Annual report of the Punjab Veterinary College and of the Civil Veterinary Department, Punjab - 1926-1932
Year: 1926
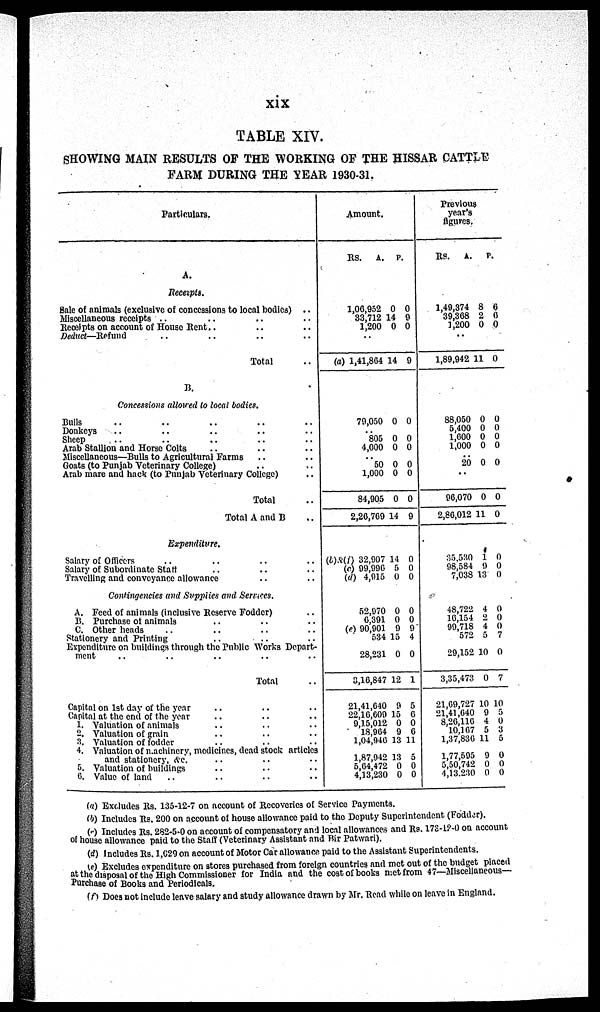
xix
TABLE XIV.
SHOWING MAIN RESULTS OF THE WORKING OF THE HISSAR CATTLE
FARM DURING THE YEAR 1930-31.
Particulars.
A.
Receipts.
sale of animals (exclusive of concessions to local bodies) ..
Miscellaneous receipts .. .. .. ..
Receipts on account of House Rent.. .. .. .. .. ..
Deduct—Refund
.. .. .. ..
Total ..
B.
Concessions allowed to local bodies.
Bulls .. .. .. .. ..
Donkeys .. .. .. .. ..
Sheep .. .. .. ..
Arab Stallion and Horse Colts .. .. ..
Miscellaneous—Bulls to Agricultural Farms .. .. ..
Goats (to Punjab Veterinary College) ..
Arab mare and hack (to Punjab Veterinary College)
Total ..
Total A and B ..
Expenditure.
Salary of Officers .. .. .. .. ..
Salary of Subordinate Staff .. .. .. ..
Travelling and conveyance allowance .. .. ..
Contingencies and Supplies and Services.
A. Feed of animals (inclusive Reserve Fodder)
B. Purchase of animals .. .. ..
C. Other heads .. .. ..
Stationery and Printing .. .. .. ..
Expenditure on buildings through the Public Works Depart-
ment
Total ..
Capital on 1st day of the year .. .. .. ..
Capital at the end of the year .. .. .. ..
1. Valuation of animals .. .. ..
2. Valuation of grain .. .. ..
3. Valuation of fodder .. .. ..
4. Valuation of machinery, medicines, dead stock articles
and stationery, &c. .. .. .. ..
5. Valuation of buildings .. .. .. ..
6. Value of land .. .. .. ..
Amount.
Rs.
1,00,952
33,712 1
1,200
..
(a) 1,41,864 1
79,050
..
805
4,000
..
50
1,000
84,905
2,20,769
(b)&(i) 32,907
(c) 99,996
(d) 4,915
52,970
6,391
(e) 90,901
534
28,231
3,16,847
21,41,640
22,16,609
9,15,012
18,964
1,04,946
..
1,87,942
5,64,472
4,13,230
A.
0
4
0
4
0
0
0
0
0
0
14
14
5
0
0
0
9
15
0
12
9
15
0
9
13
13
0
0
P.
0
0
0
9
0
0
0
0
0
0
9
0
0
0
0
0
9
4
0
1
5
6
0
6
11
5
0
0
Previous
year's
figures.
Rs.
1,49,374
39,308
1,200
..
1,89,942
88,050
5,400
1,600
1,000
..
20
..
96,070
2,80,012
35.530
98,584
7,038
48,722
16,154
99,718
572
29,152
3,35,473
21,69,727
21,41,640
8,20,110
10,167
1,37,830
.. 1,77,595
5,50,742
4,13.230
A.
8
2
0
11
0
0
0
0
0
0
11
1
9
13
4
2
4
5
10
0
10
9
4
5
11
9
0
0
P.
6
6
0
0
0
0
0
0
0
0
0
0
0
0
0
0
0
7
0
7
10
5
0
3
5
0
0
0
(a) Excludes Rs. 135-12-7 on account of Recoveries of Service Payments.
(b) Includes Rs. 200 on account of house allowance paid to the Deputy Superintendent (Fodder).
(c) Includes Rs. 282-5-0 on account of compensatory and local allowances and Rs. 173-12-0 on account
of house allowance paid to the Staff (Veterinary Assistant and Bir Patwari).
(d) Includes Rs. 1,629 on account of Motor Car allowance paid to the Assistant Superintendents.
(e) Excludes expenditure on stores purchased from foreign countries and met out of the budget placed
at the disposal of the High Commissioner for India and the cost of books met from 47—Miscellaneous-
Purchase of Books and Periodicals.
(f) Does not include leave salary and study allowance drawn by Mr. Read while on leave in England.